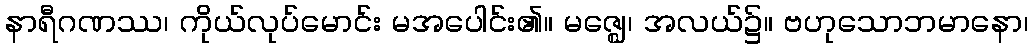
နာရီဂဏဿ၊ ကိုယ်လုပ်မောင်း မအပေါင်း၏။ မဇ္ဈေ၊ အလယ်၌။ ဗဟုသောဘမာနော၊